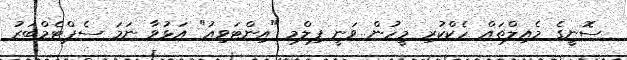
ސޮނީގެ މެއިލްތައް ހެކްކުރި މީހުން ވަނީ ފިލްމ "އިންޓަވިއު" އަޅުވާ ނަމަ ސެޕްޓެމްބަރު